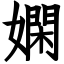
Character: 嫻